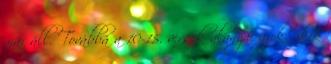
már áll. Továbbá a 10-15. versek alanyai azok, akik